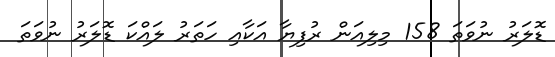
ޑޮލަރު ނުވަތަ 158 މިލިއަން ރުފިޔާ އަކާއި ހަތަރު ލައްކަ ޑޮލަރު ނުވަތަ